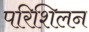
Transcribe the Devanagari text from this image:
परिशिलन